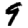
Digit: 9